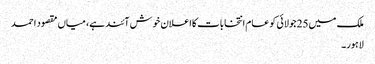
ملک میں25جولائی کو عام انتخابات کااعلان خوش آئند ہے، میاں مقصود احمد
لاہور۔